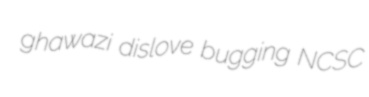
ghawazi dislove bugging NCSC